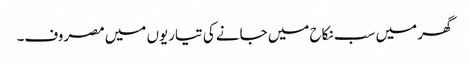
گھر میں سب نکاح میں جانے کی تیاریوں میں مصروف۔